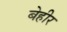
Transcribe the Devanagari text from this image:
बेहीर